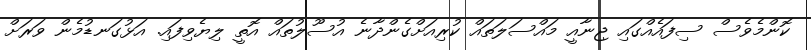
ކޮންމެވެސް ސިފައެއްގައި ޖިނާއީ މައްސަލަތައް ކުރިއަށްގެންދާނެ އުސޫލުތައް އޮތީ ލިޔެވިފައި. އަޅުގަނޑުމެން ވަރަށް